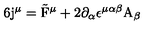
6 \mathrm { \boldmath j } ^ { \mu } = \tilde { \mathrm { \boldmath F } } ^ { \mu } + 2 \partial _ { \alpha } \epsilon ^ { \mu \alpha \beta } \mathrm { \boldmath A } _ { \beta }